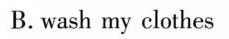
B.wash my clothes